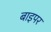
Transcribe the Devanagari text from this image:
बाइपर